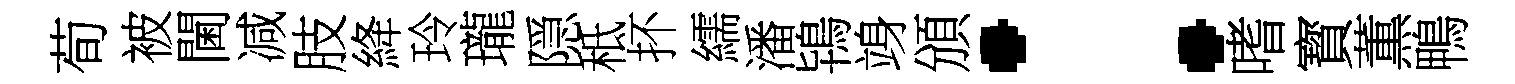
荀被閫减肢絳玲瓏隠秪抔繻潘鴇竧頒：嗜寳薫鴨